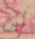
أين